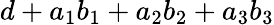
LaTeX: d+a_{1}b_{1}+a_{2}b_{2}+a_{3}b_{3}